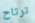
ترتاح